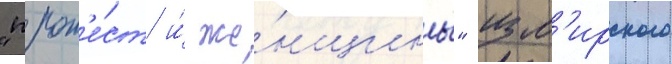
"прот'е́ст и́ же́нщины" изм'ирского